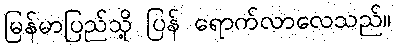
မြန်မာပြည်သို့ ပြန် ရောက်လာလေသည်။